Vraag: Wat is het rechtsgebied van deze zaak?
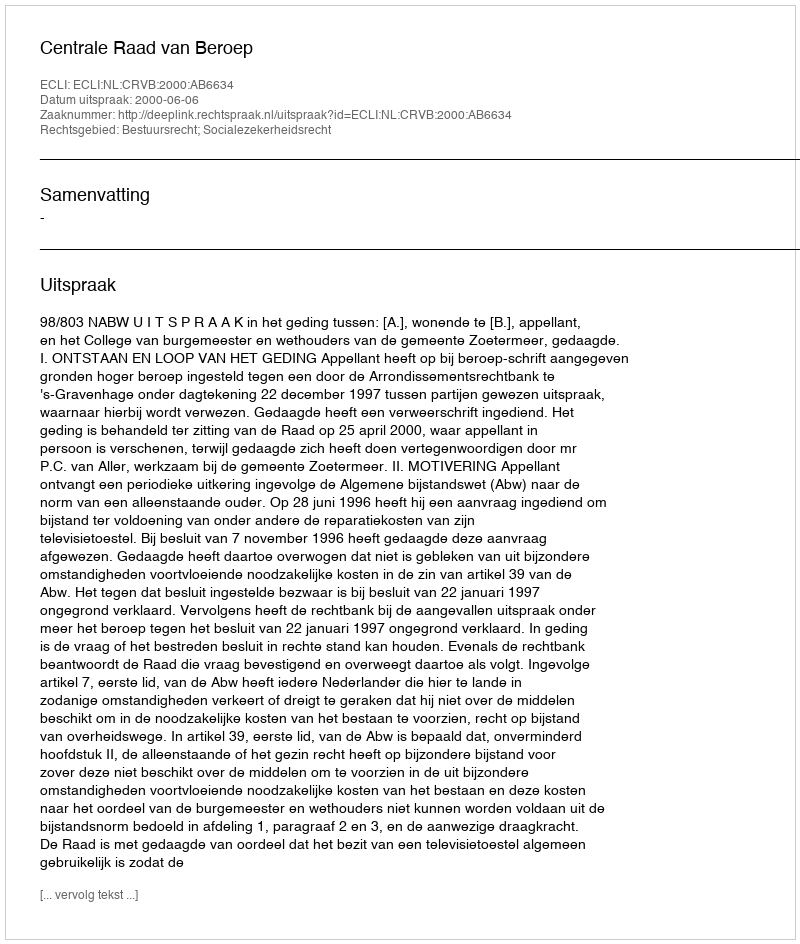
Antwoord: Bestuursrecht; Socialezekerheidsrecht